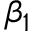
\beta _ { 1 }